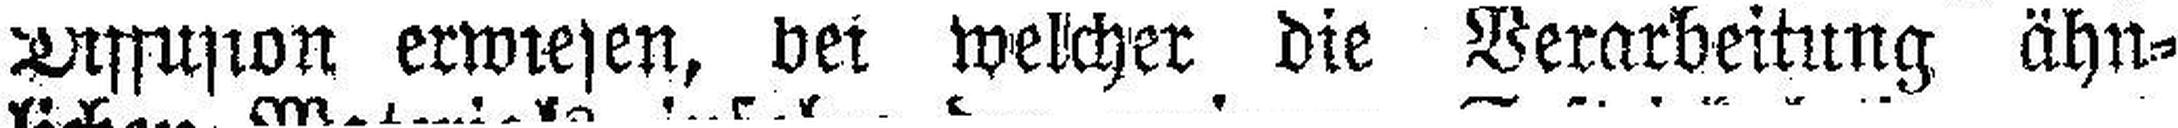
Diffusion erwiesen, bei welcher die Verarbeitung ähn¬